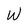
Character: W